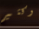
وكثير